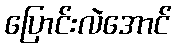
ပြောင်းလဲအောင်